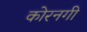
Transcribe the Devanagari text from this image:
कोरनगी